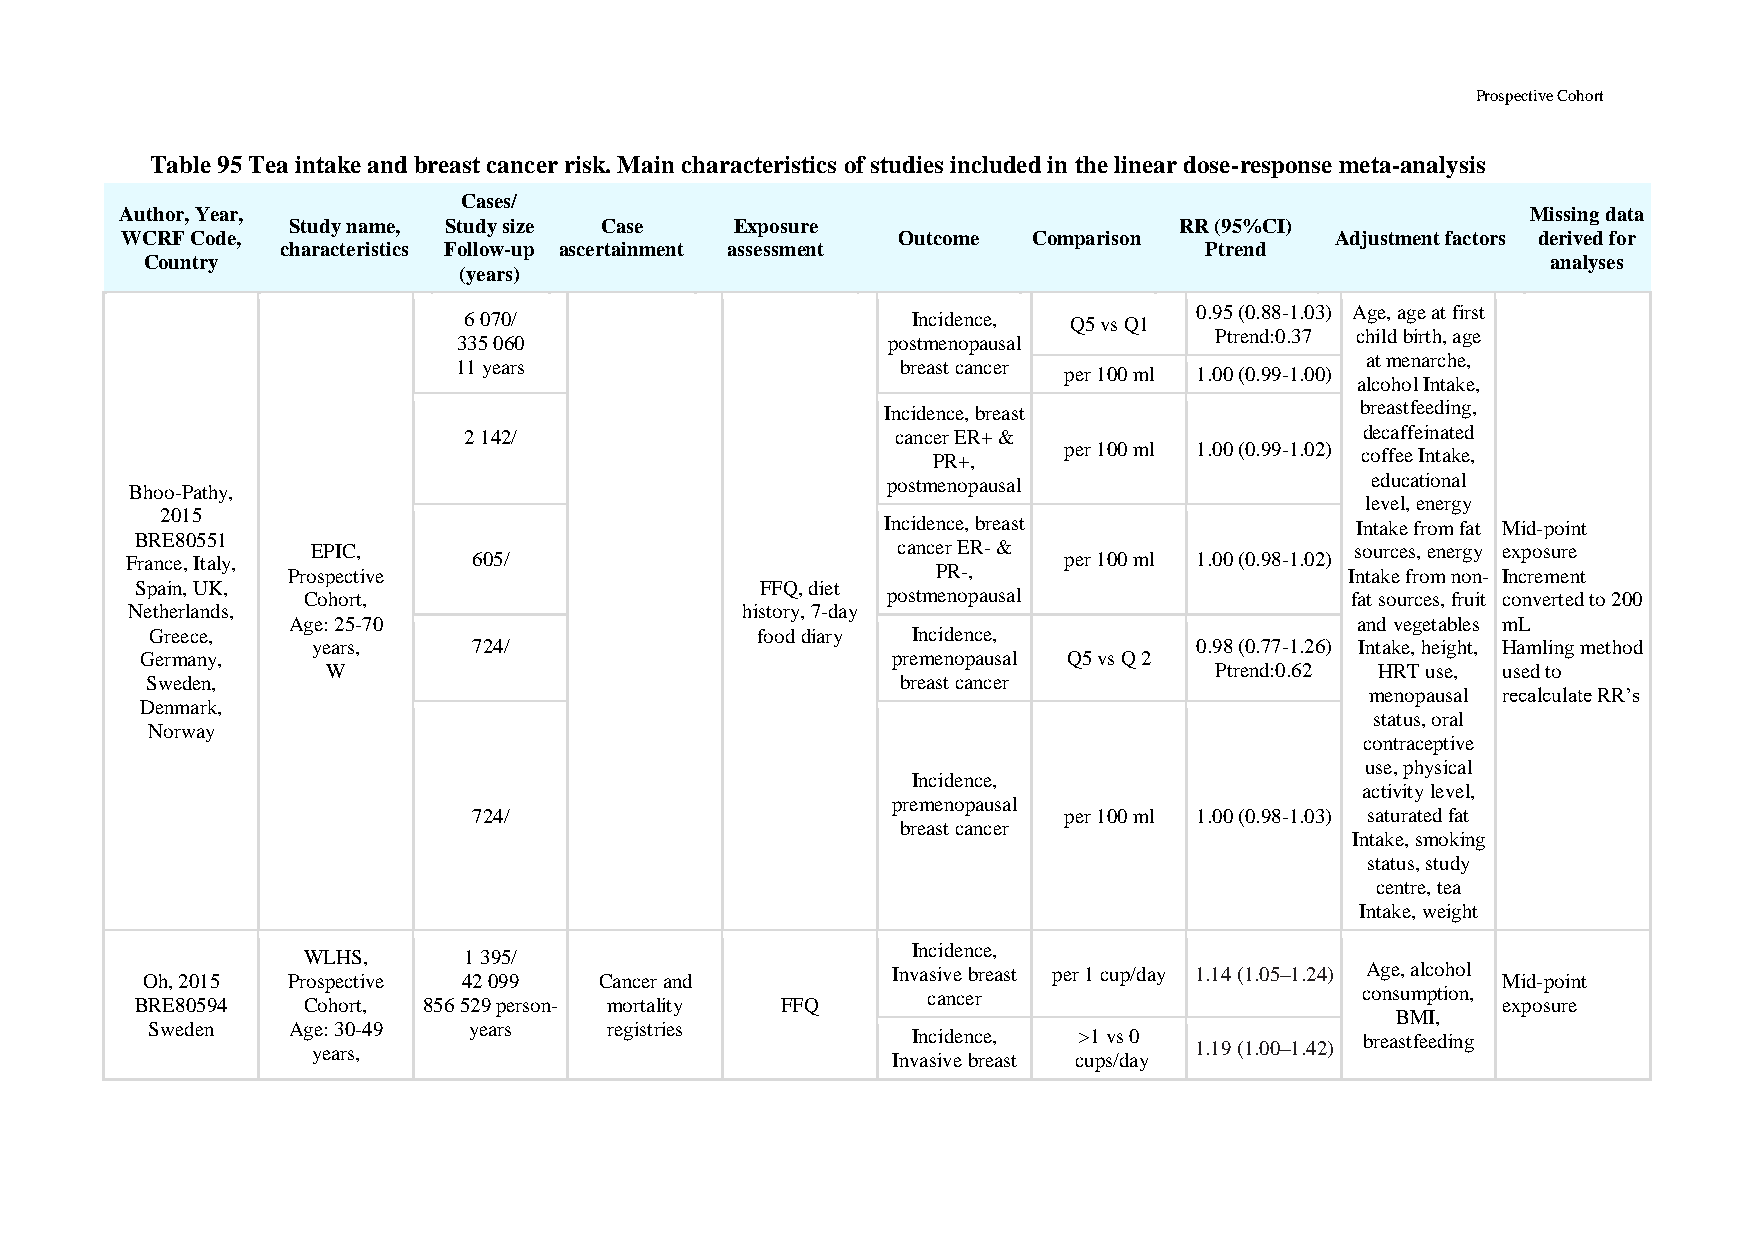
Prospective Cohort
 Table 95 Tea intake and breast cancer risk. Main characteristics of studies included in the linear dose-response meta-analysis
 Cases/
 Author, Year,                                                                                Missing data
 Study name, Study size Case   Exposure                     RR (95%CI)
 WCRF Code,                                         Outcome  Comparison          Adjustment factors derived for
 characteristics Follow-up ascertainment assessment           Ptrend
 Country                                                                                      analyses
 (years)
 0.95 (0.88-1.03) Age, age at first
 6 070/                       Incidence, Q5 vs Q1
 Ptrend:0.37 child birth, age
 335 060                      postmenopausal
 at menarche,
 11 years                      breast cancer
 per 100 ml 1.00 (0.99-1.00)
 alcohol Intake,
 Incidence, breast              breastfeeding,
 2 142/                      cancer ER+ &                   decaffeinated
 per 100 ml 1.00 (0.99-1.02)
 PR+,                        coffee Intake,
 postmenopausal                  educational
 Bhoo-Pathy,
 level, energy
 2015
 Incidence, breast              Intake from fat Mid-point
 BRE80551
 EPIC,                                 cancer ER- &                   sources, energy exposure
 France, Italy,         605/                                   per 100 ml 1.00 (0.98-1.02)
 Prospective                                PR-,                       Intake from non- Increment
 Spain, UK,                               FFQ, diet
 Cohort,                                postmenopausal                fat sources, fruit converted to 200
 Netherlands,                             history, 7-day
 Age: 25-70                                                             and vegetables mL
 Greece,                                 food diary Incidence,
 years,    724/                                            0.98 (0.77-1.26) Intake, height, Hamling method
 Germany,                                          premenopausal Q5 vs Q 2
 W                                                         Ptrend:0.62 HRT use, used to
 Sweden,                                           breast cancer
 menopausal recalculate RR’s
 Denmark,
 status, oral
 Norway
 contraceptive
 use, physical
 Incidence,
 activity level,
 premenopausal
 724/                                   per 100 ml 1.00 (0.98-1.03) saturated fat
 breast cancer
 Intake, smoking
 status, study
 centre, tea
 Intake, weight
 Incidence,
 WLHS,      1 395/
 Invasive breast per 1 cup/day 1.14 (1.05–1.24) Age, alcohol
 Oh, 2015  Prospective 42 099   Cancer and                                                 Mid-point
 cancer                       consumption,
 BRE80594   Cohort, 856 529 person- mortality FFQ                                          exposure
 BMI,
 Sweden   Age: 30-49  years    registries
 Incidence, >1 vs 0            breastfeeding
 years,                                                    1.19 (1.00–1.42)
 Invasive breast cups/day